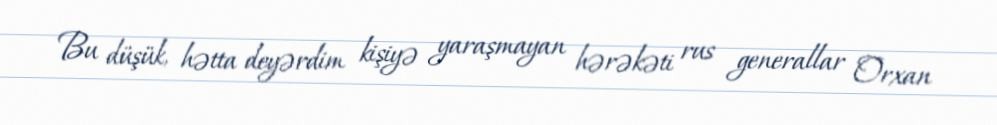
Bu düşük, hətta deyərdim kişiyə yaraşmayan hərəkəti rus generallar Orxan